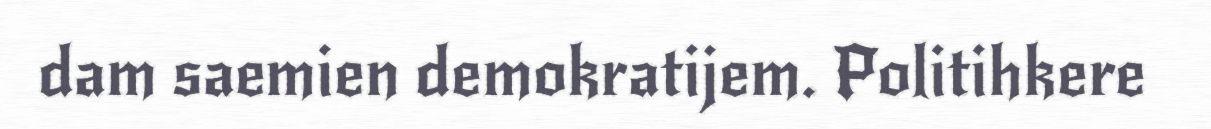
dam saemien demokratijem. Politihkere